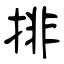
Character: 排